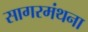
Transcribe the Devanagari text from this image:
सागरमंथना